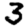
Digit: 3